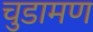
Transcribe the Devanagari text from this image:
चुडामण